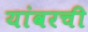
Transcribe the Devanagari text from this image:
यांवरची